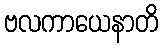
ဗလကာယေနာတိ